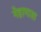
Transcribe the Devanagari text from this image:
नेहामास